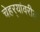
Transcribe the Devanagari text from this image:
चेहर्‍यांवरील